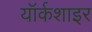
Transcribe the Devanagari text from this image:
यॉर्कशाइर